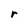
Character: r